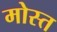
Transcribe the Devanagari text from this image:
मोस्त